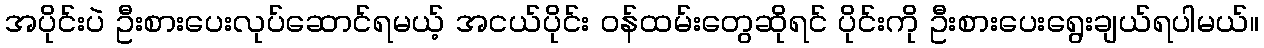
အပိုင်းပဲ ဦးစားပေးလုပ်ဆောင်ရမယ့် အငယ်ပိုင်း ဝန်ထမ်းတွေဆိုရင် ပိုင်းကို ဦးစားပေးရွေးချယ်ရပါမယ်။